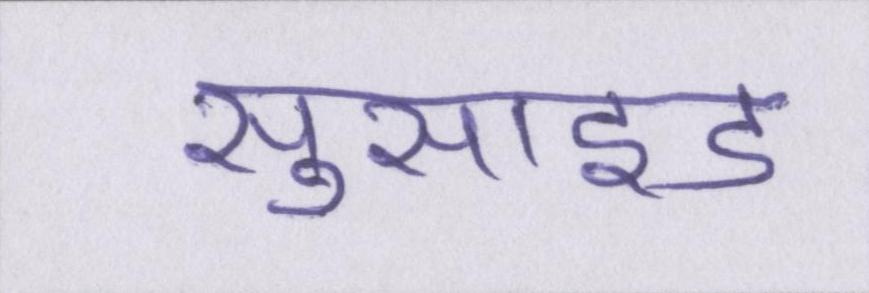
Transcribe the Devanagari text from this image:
सुसाइड